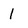
Character: l